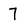
Character: 7